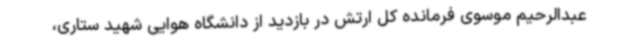
عبدالرحیم موسوی فرمانده کل ارتش در بازدید از دانشگاه هوایی شهید ستاری،